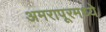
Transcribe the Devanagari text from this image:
अमरापूरमध्ये